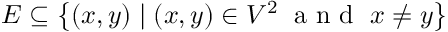
E \subseteq \left\{ ( x , y ) \mid ( x , y ) \in V ^ { 2 } \; { \textrm { a n d } } \; x \neq y \right\}